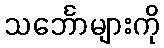
သင်္ဘောများကို